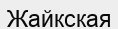
Жайкская